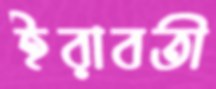
ইরাবতী